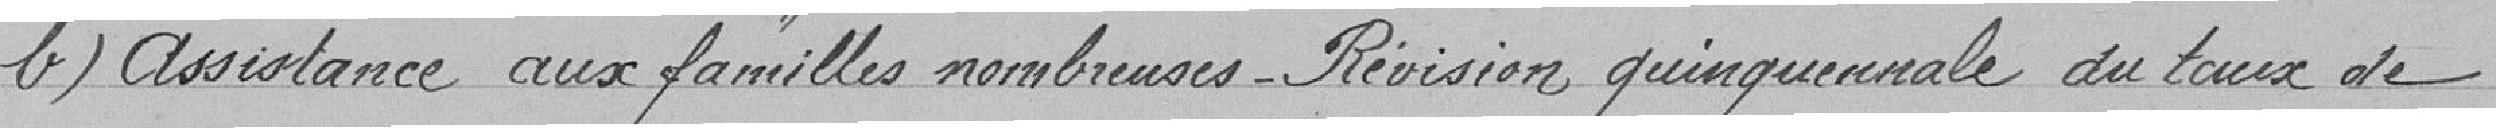
b) Assistance aux familles nombreuses. Révision quinquennale du taux de